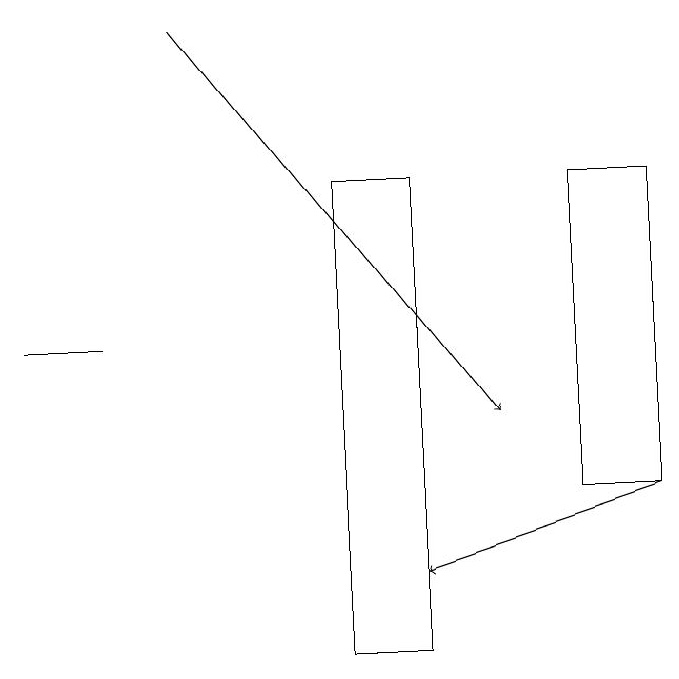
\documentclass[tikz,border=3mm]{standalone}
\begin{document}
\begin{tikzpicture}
\draw[->] (3,19) -- (7,14);
\draw[->] (9,13) -- (6,12);
\draw (6,11) rectangle (5,17);
\draw (8,13) rectangle (9,17);
\draw (2,15) rectangle (1,15);
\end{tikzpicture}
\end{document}